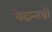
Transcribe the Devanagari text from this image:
वेदान्तश्री